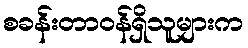
စခန်းတာဝန်ရှိသူများက